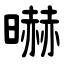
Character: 㬨